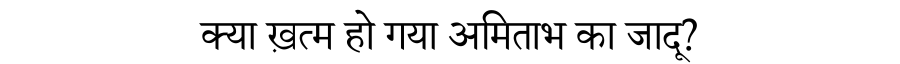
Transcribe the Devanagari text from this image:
क्या ख़त्म हो गया अमिताभ का जादू?